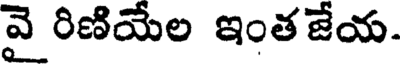
వై రిణియేల ఇంతజేయ.